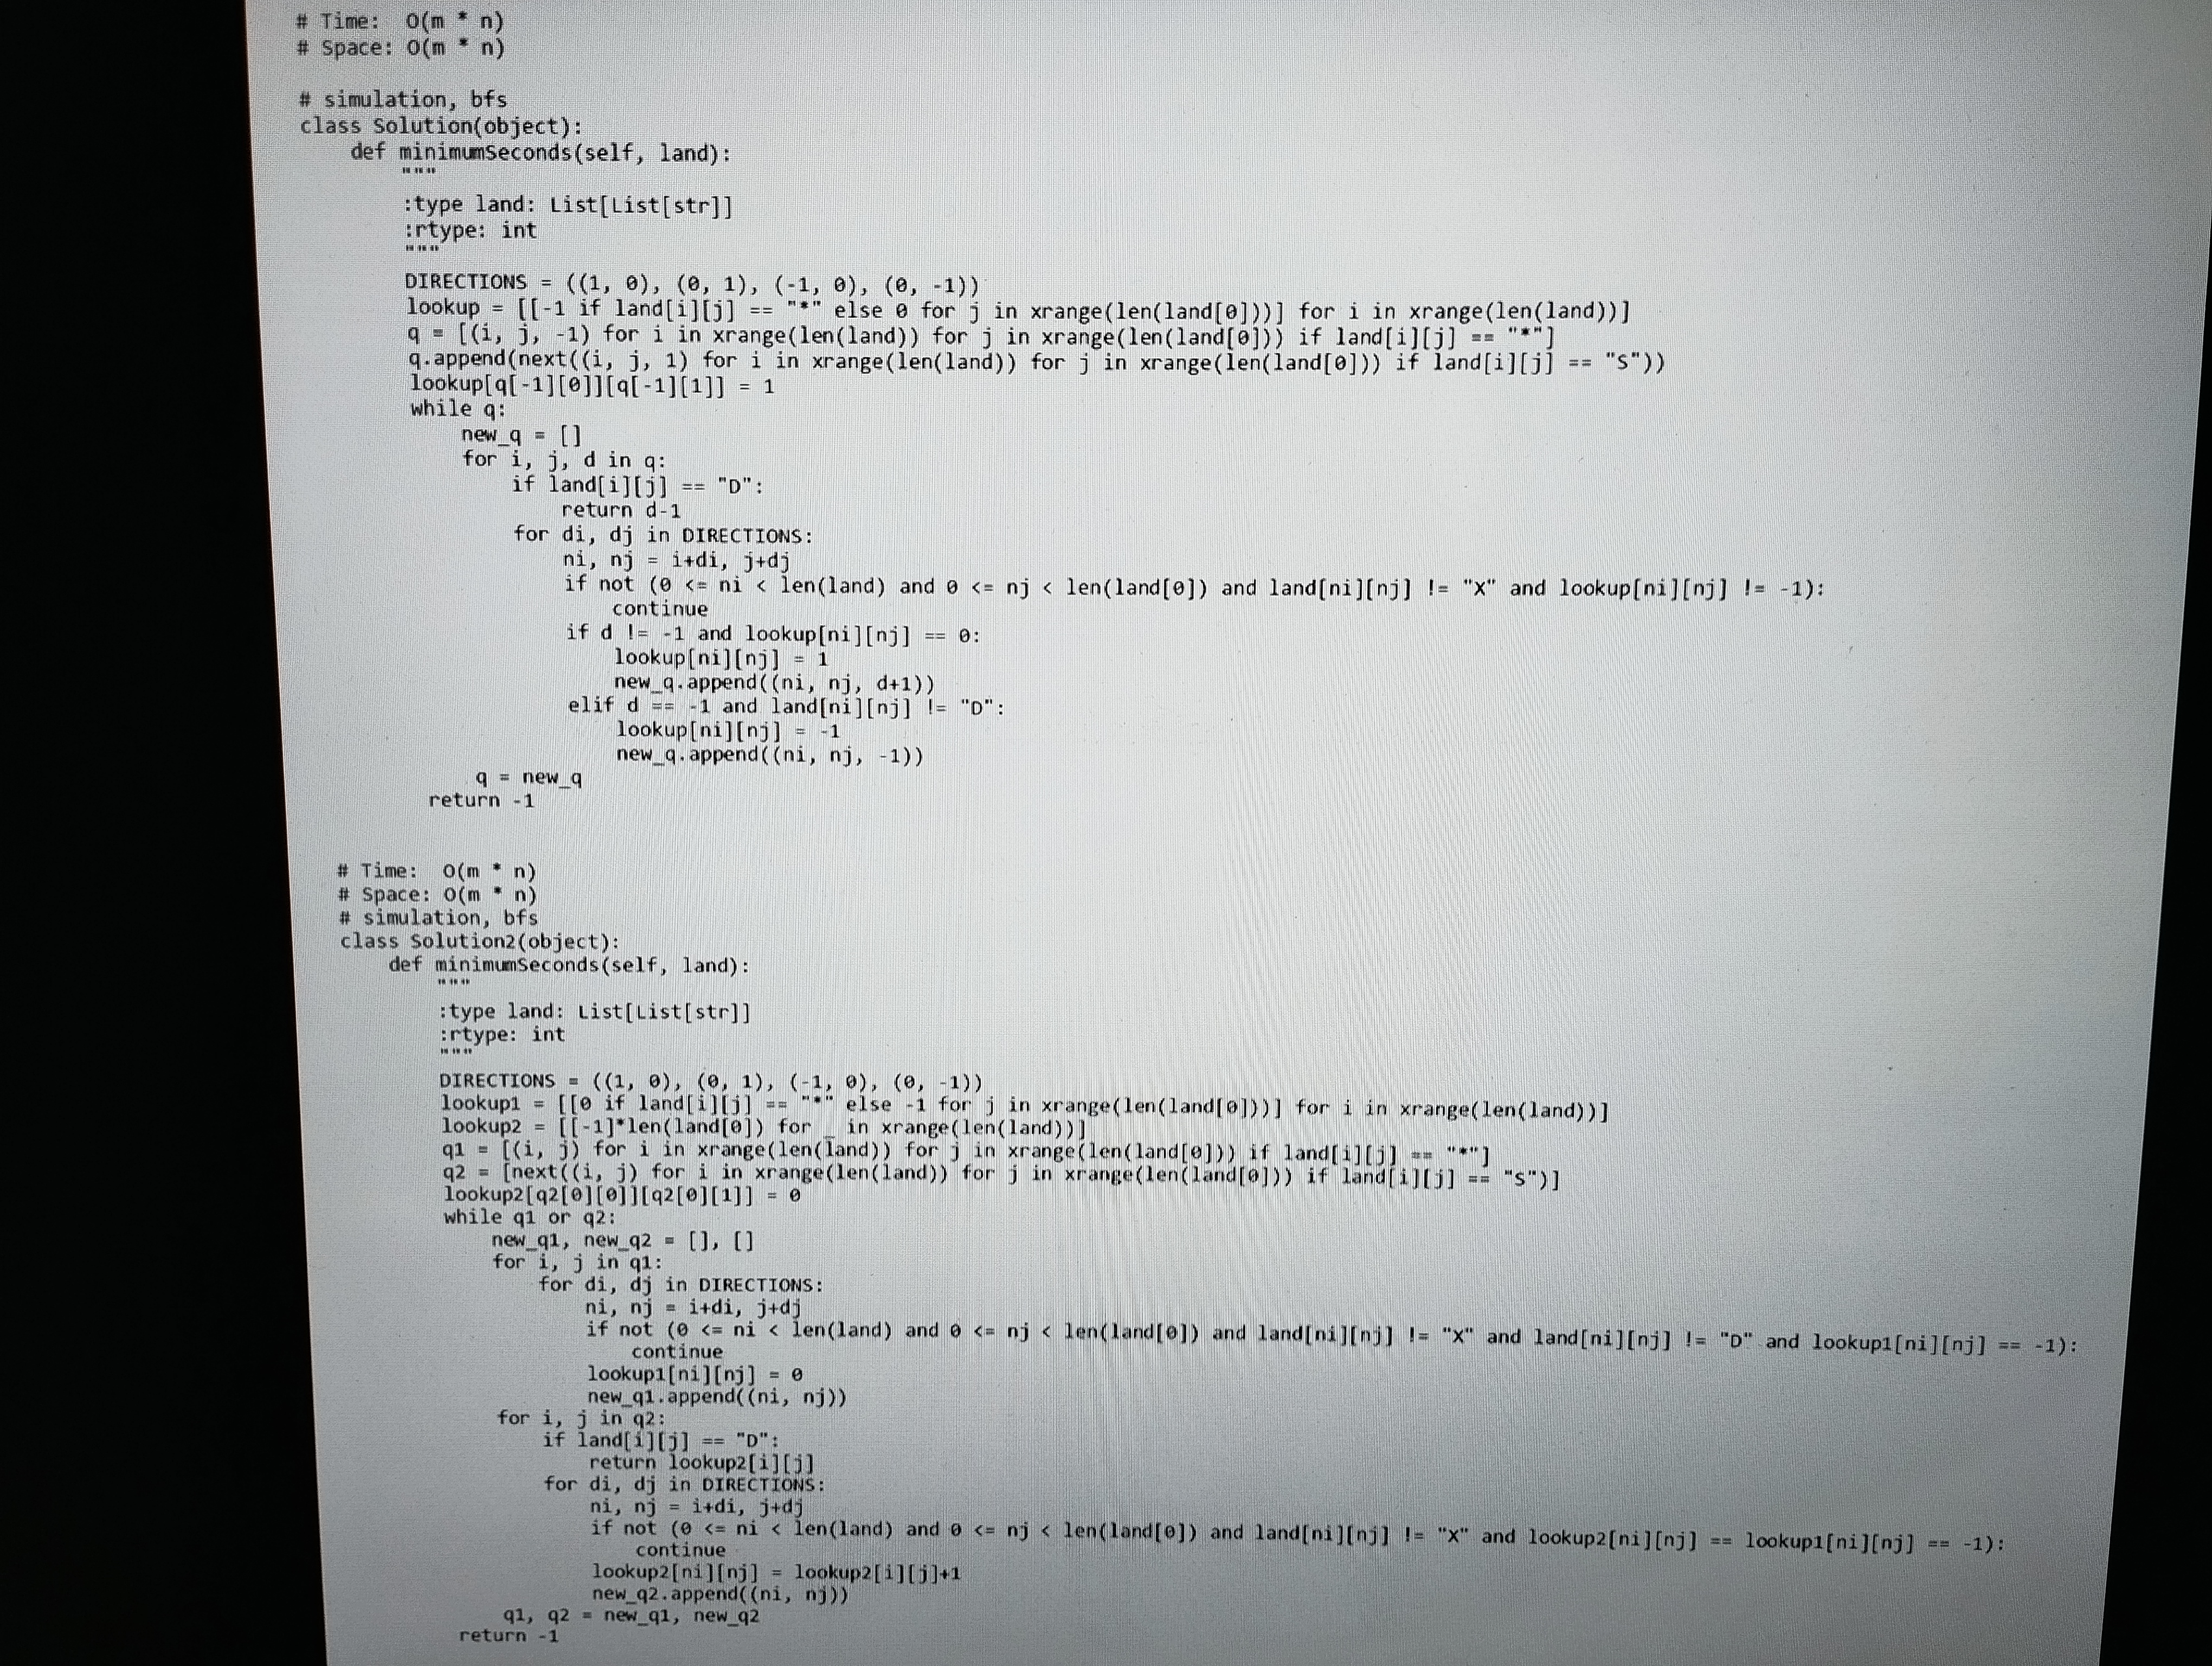
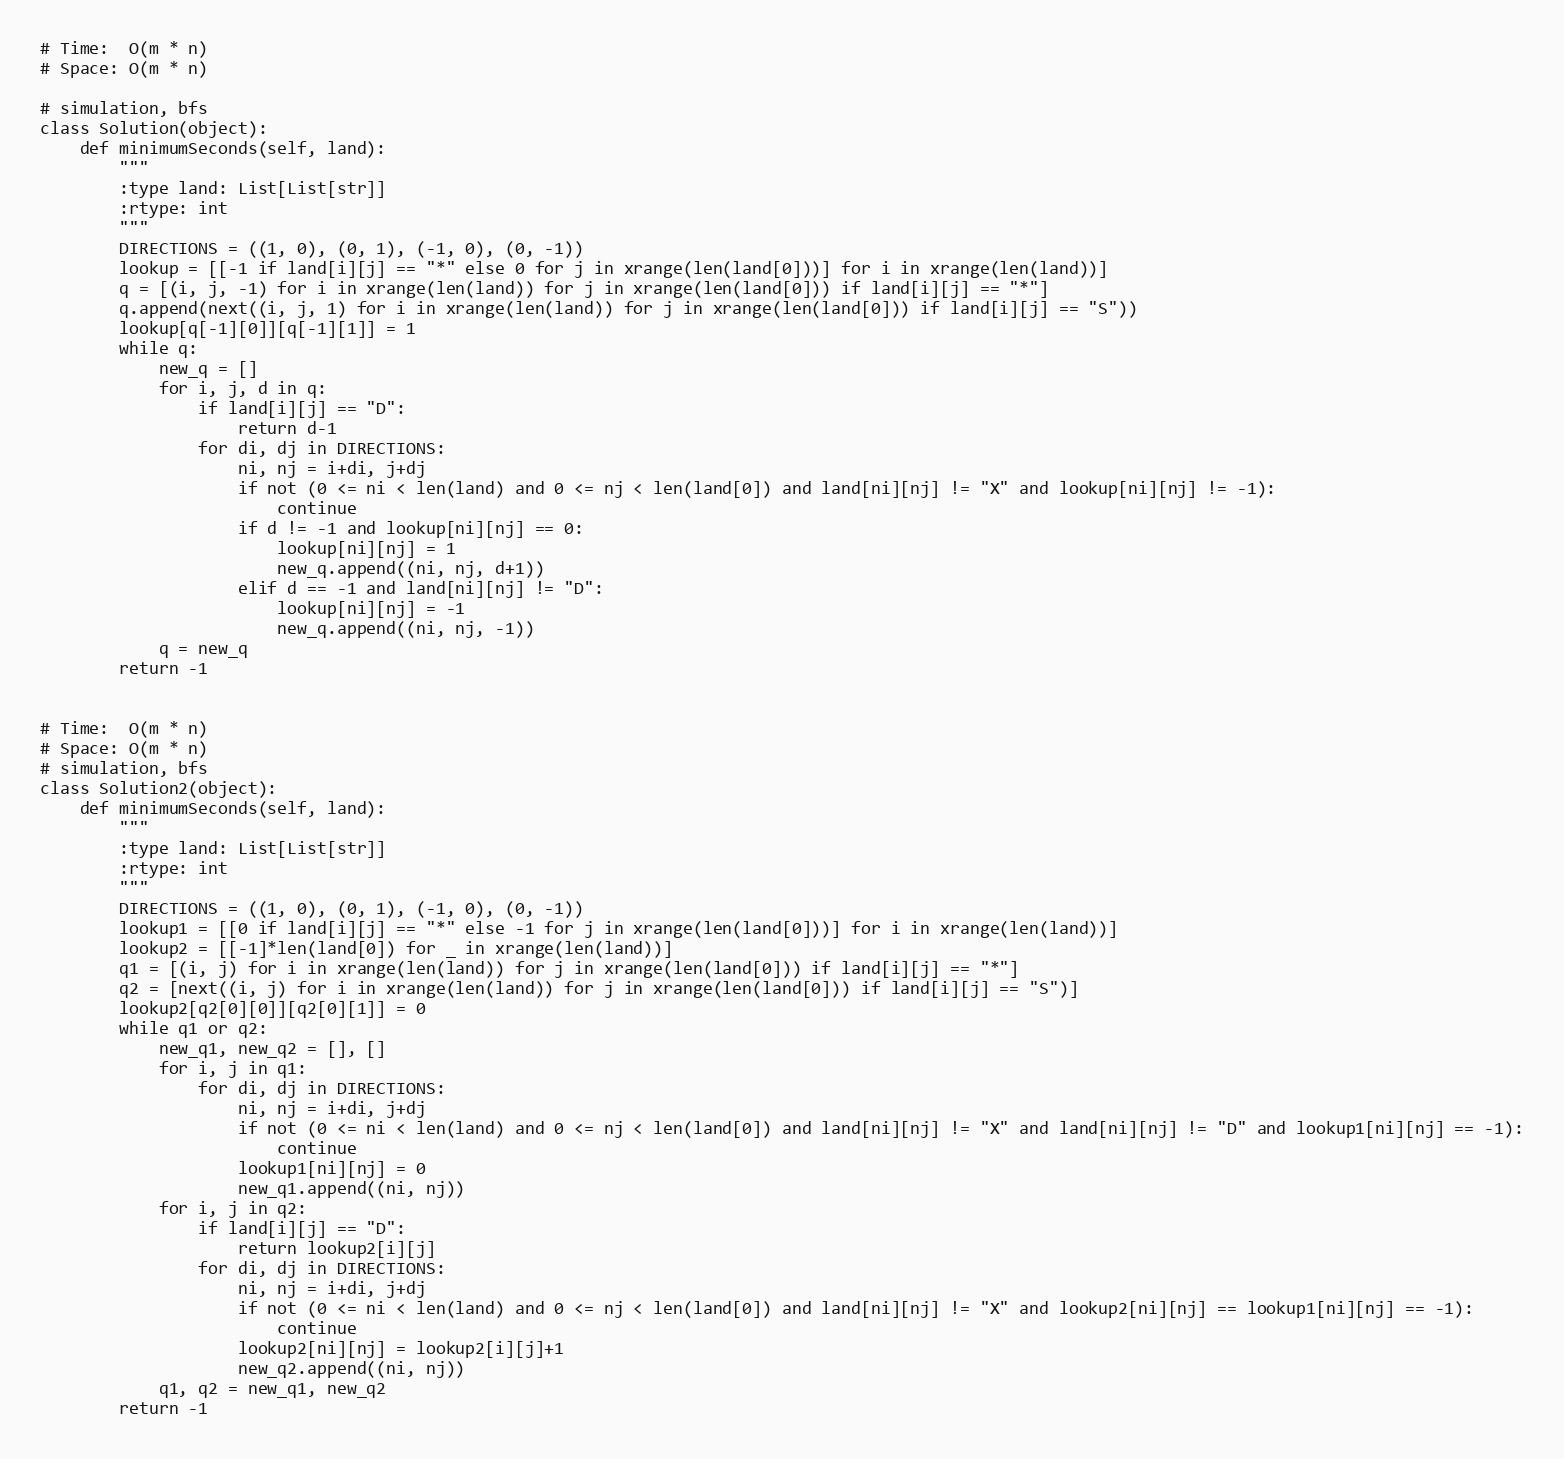
# Time:  O(m * n)
# Space: O(m * n)

# simulation, bfs
class Solution(object):
    def minimumSeconds(self, land):
        """
        :type land: List[List[str]]
        :rtype: int
        """
        DIRECTIONS = ((1, 0), (0, 1), (-1, 0), (0, -1))
        lookup = [[-1 if land[i][j] == "*" else 0 for j in xrange(len(land[0]))] for i in xrange(len(land))]
        q = [(i, j, -1) for i in xrange(len(land)) for j in xrange(len(land[0])) if land[i][j] == "*"]
        q.append(next((i, j, 1) for i in xrange(len(land)) for j in xrange(len(land[0])) if land[i][j] == "S"))
        lookup[q[-1][0]][q[-1][1]] = 1
        while q:
            new_q = []
            for i, j, d in q:
                if land[i][j] == "D":
                    return d-1
                for di, dj in DIRECTIONS:
                    ni, nj = i+di, j+dj
                    if not (0 <= ni < len(land) and 0 <= nj < len(land[0]) and land[ni][nj] != "X" and lookup[ni][nj] != -1):
                        continue
                    if d != -1 and lookup[ni][nj] == 0:
                        lookup[ni][nj] = 1
                        new_q.append((ni, nj, d+1))
                    elif d == -1 and land[ni][nj] != "D":
                        lookup[ni][nj] = -1
                        new_q.append((ni, nj, -1))
            q = new_q
        return -1

# Time:  O(m * n)
# Space: O(m * n)
# simulation, bfs
class Solution2(object):
    def minimumSeconds(self, land):
        """
        :type land: List[List[str]]
        :rtype: int
        """
        DIRECTIONS = ((1, 0), (0, 1), (-1, 0), (0, -1))
        lookup1 = [[0 if land[i][j] == "*" else -1 for j in xrange(len(land[0]))] for i in xrange(len(land))]
        lookup2 = [[-1]*len(land[0]) for _ in xrange(len(land))]
        q1 = [(i, j) for i in xrange(len(land)) for j in xrange(len(land[0])) if land[i][j] == "*"]
        q2 = [next((i, j) for i in xrange(len(land)) for j in xrange(len(land[0])) if land[i][j] == "S")]
        lookup2[q2[0][0]][q2[0][1]] = 0
        while q1 or q2:
            new_q1, new_q2 = [], []
            for i, j in q1:
                for di, dj in DIRECTIONS:
                    ni, nj = i+di, j+dj
                    if not (0 <= ni < len(land) and 0 <= nj < len(land[0]) and land[ni][nj] != "X" and land[ni][nj] != "D" and lookup1[ni][nj] == -1):
                        continue
                    lookup1[ni][nj] = 0
                    new_q1.append((ni, nj))
            for i, j in q2:
                if land[i][j] == "D":
                    return lookup2[i][j]
                for di, dj in DIRECTIONS:
                    ni, nj = i+di, j+dj
                    if not (0 <= ni < len(land) and 0 <= nj < len(land[0]) and land[ni][nj] != "X" and lookup2[ni][nj] == lookup1[ni][nj] == -1):
                        continue
                    lookup2[ni][nj] = lookup2[i][j]+1
                    new_q2.append((ni, nj))
            q1, q2 = new_q1, new_q2
        return -1